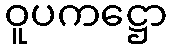
ဝူပကဋ္ဌော